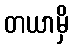
တယာမှိ